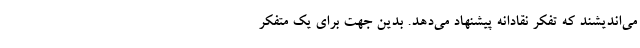
می‌اندیشند که تفکر نقادانه پیشنهاد می‌دهد. بدین جهت برای یک متفکر